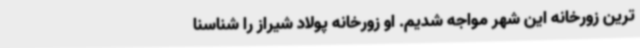
ترین زورخانه این شهر مواجه شدیم. او زورخانه پولاد شیراز را شناسنا